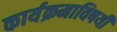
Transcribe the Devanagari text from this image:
कार्यक्रमाविषयी